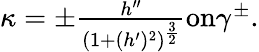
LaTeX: \begin{array}{r}{\kappa=\pm\frac{h^{\prime\prime}}{(1+(h^{\prime})^{2})^{\frac{3}{2}}}\textnormal{on}\gamma^{\pm}.}\end{array}